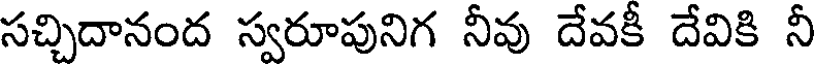
సచ్చిదానంద స్వరూపునిగ నీవు దేవకీ దేవికి నీ